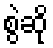
စွဲဆို